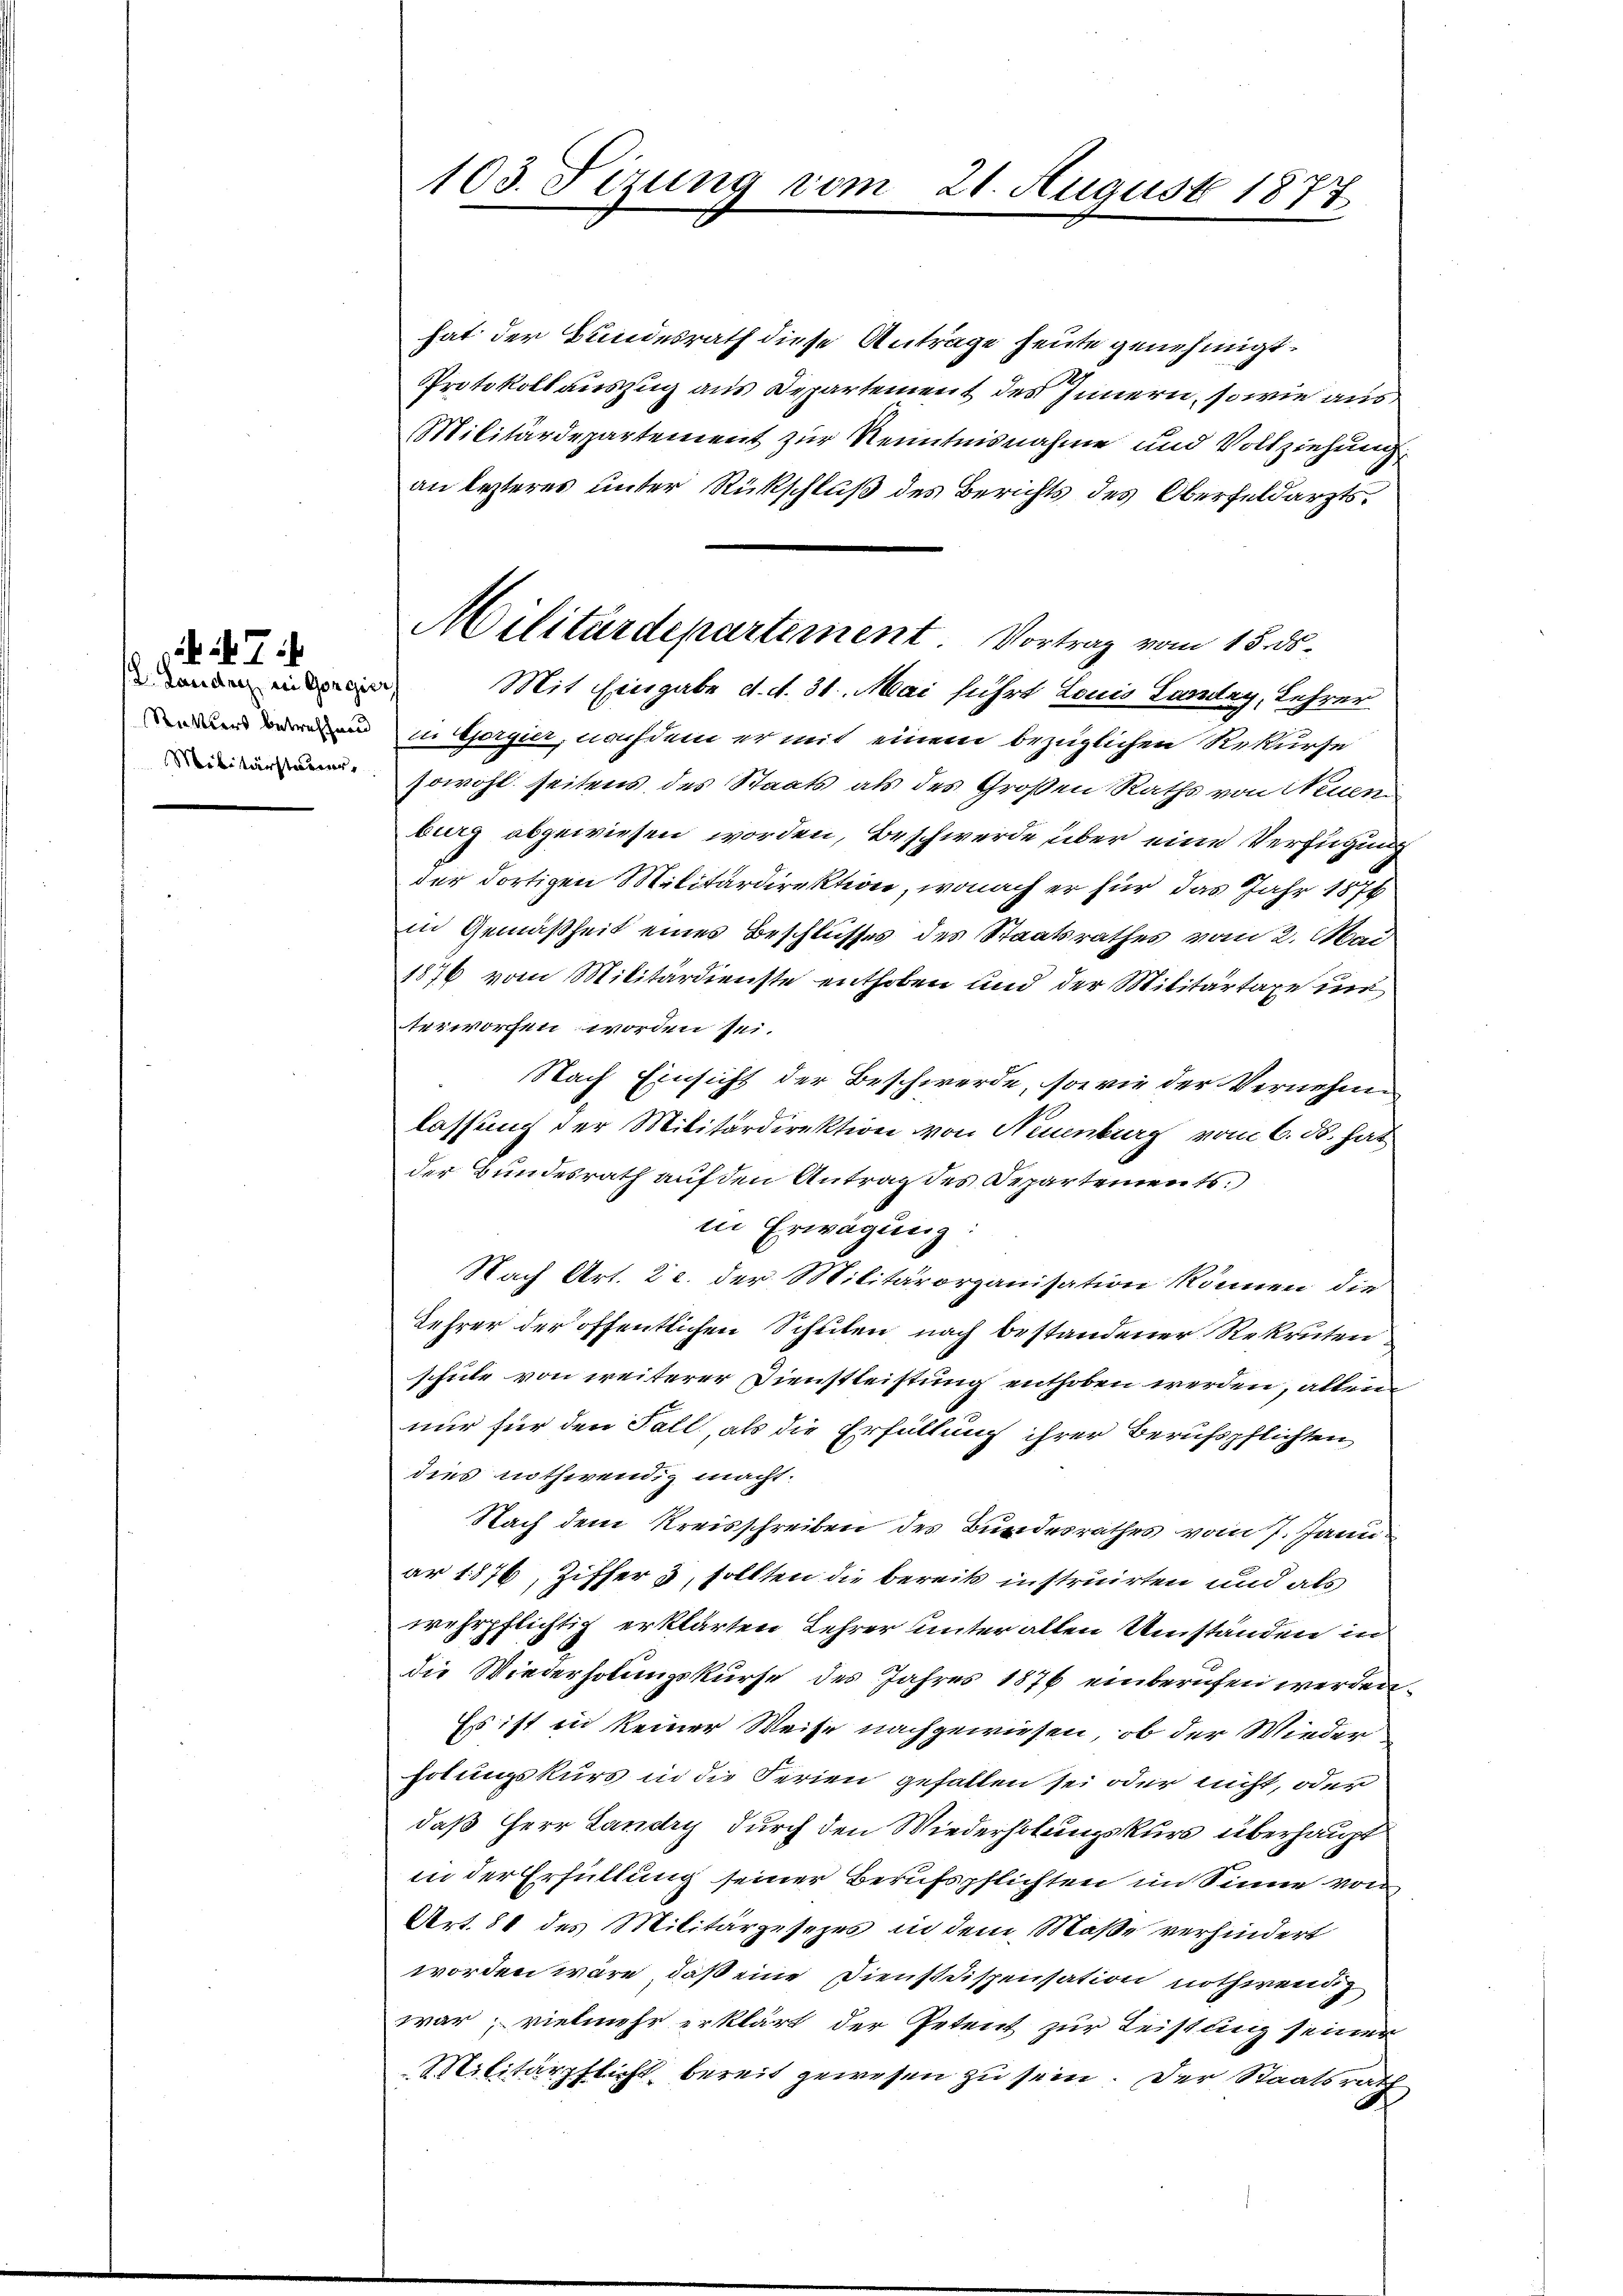
7
D. Landrez bei Gorgier
Stattlers betreffend

hat der Bundesrath diese Anträge heute genehmigt.
Protokollauszug aus Departement des Innern, sowie aus,
Militärdepartement zur Kenntnisnahme und Vollziehung
an lezteres unter Rückschluß des Berichts des Oberfeldarzts¬
Mit Eingabe d. d. 31. Mai führt Louis Partey, Lehrer
in Gergier, nachdem er mit einem bezüglichen Rekurse
 sowohl seitens des Staats als des Großen Raths von Neuen
burg abgewiesen worden, Beschwerde über eine Verfügung
der dortigen Militärdirektion, wonach er für das Jahr 1878
in Gemäßheit eines Beschlusses des Staatsrathes vom 2. Mai
1876 vom Militärdienste enthoben und der Militärtaxe un
terworfen worden sei.
Nach Einsicht der Beschwerde, sowie der Vernehme
lassung der Militärdirektion von Neuenburg vom 6. ds. hat
der Bundesrath auf den Antrag des Departements.
in Erwägung:
Nach Art. 22. der Militärorganisation können die
Lehrer der öffentlichen Schulen nach bestandener Rekruten
schule von weiterer Dienstleistung enthoben werden, allein
nur für den Fall, als die Erfüllung ihrer Berufspflichten
dies nothwendig macht.
Nach dem Kreisschreiben des Bundesrathes vom 7. Januar 1876, Ziffer 3, sollten die bereits instruirten und als
wehrpflichtig erklärten Lehrer unter allen Umständen in
die Wiederholungskurse des Jahres 1876 einberufen werden.
Es ist in keiner Weise nachgewiesen, ob der Wieder
holungskurs in die Ferien gefallen sei oder nicht, oder
daß Herr Landry durch den Wiederholungskurs überhaupt
in der Erfüllung seiner Berufspflichten im Sinne von
Art. 81 des Militärgesezes in dem Maße verhindert
worden wäre, daß eine Dienst dispensation nothwendig
war; vielmehr erklärt der Petent zur Leistung seiner
Militärpflicht bereit gewesen zu sein. Der Staatsrath

103. Sizung vom 21. August 1877

Militärdepartement Vortrag vom 15. ds.